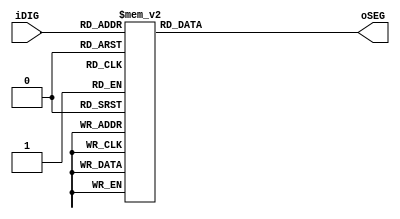
module SEG7_LUT	(	oSEG,iDIG	);
input	[3:0]	iDIG;
output	[6:0]	oSEG;
reg		[6:0]	oSEG;

always @(iDIG)
begin
		case(iDIG)
		4'h1: oSEG = 7'b1111001;	// ---t----
		4'h2: oSEG = 7'b0100100; 	// |	  |
		4'h3: oSEG = 7'b0110000; 	// lt	 rt
		4'h4: oSEG = 7'b0011001; 	// |	  |
		4'h5: oSEG = 7'b0010010; 	// ---m----
		4'h6: oSEG = 7'b0000010; 	// |	  |
		4'h7: oSEG = 7'b1111000; 	// lb	 rb
		4'h8: oSEG = 7'b0000000; 	// |	  |
		4'h9: oSEG = 7'b0011000; 	// ---b----
		4'ha: oSEG = 7'b0001000;
		4'hb: oSEG = 7'b0000011;
		4'hc: oSEG = 7'b1000110;
		4'hd: oSEG = 7'b0100001;
		4'he: oSEG = 7'b0000110;
		4'hf: oSEG = 7'b0001110;
		4'h0: oSEG = 7'b1000000;
		endcase
end

endmodule